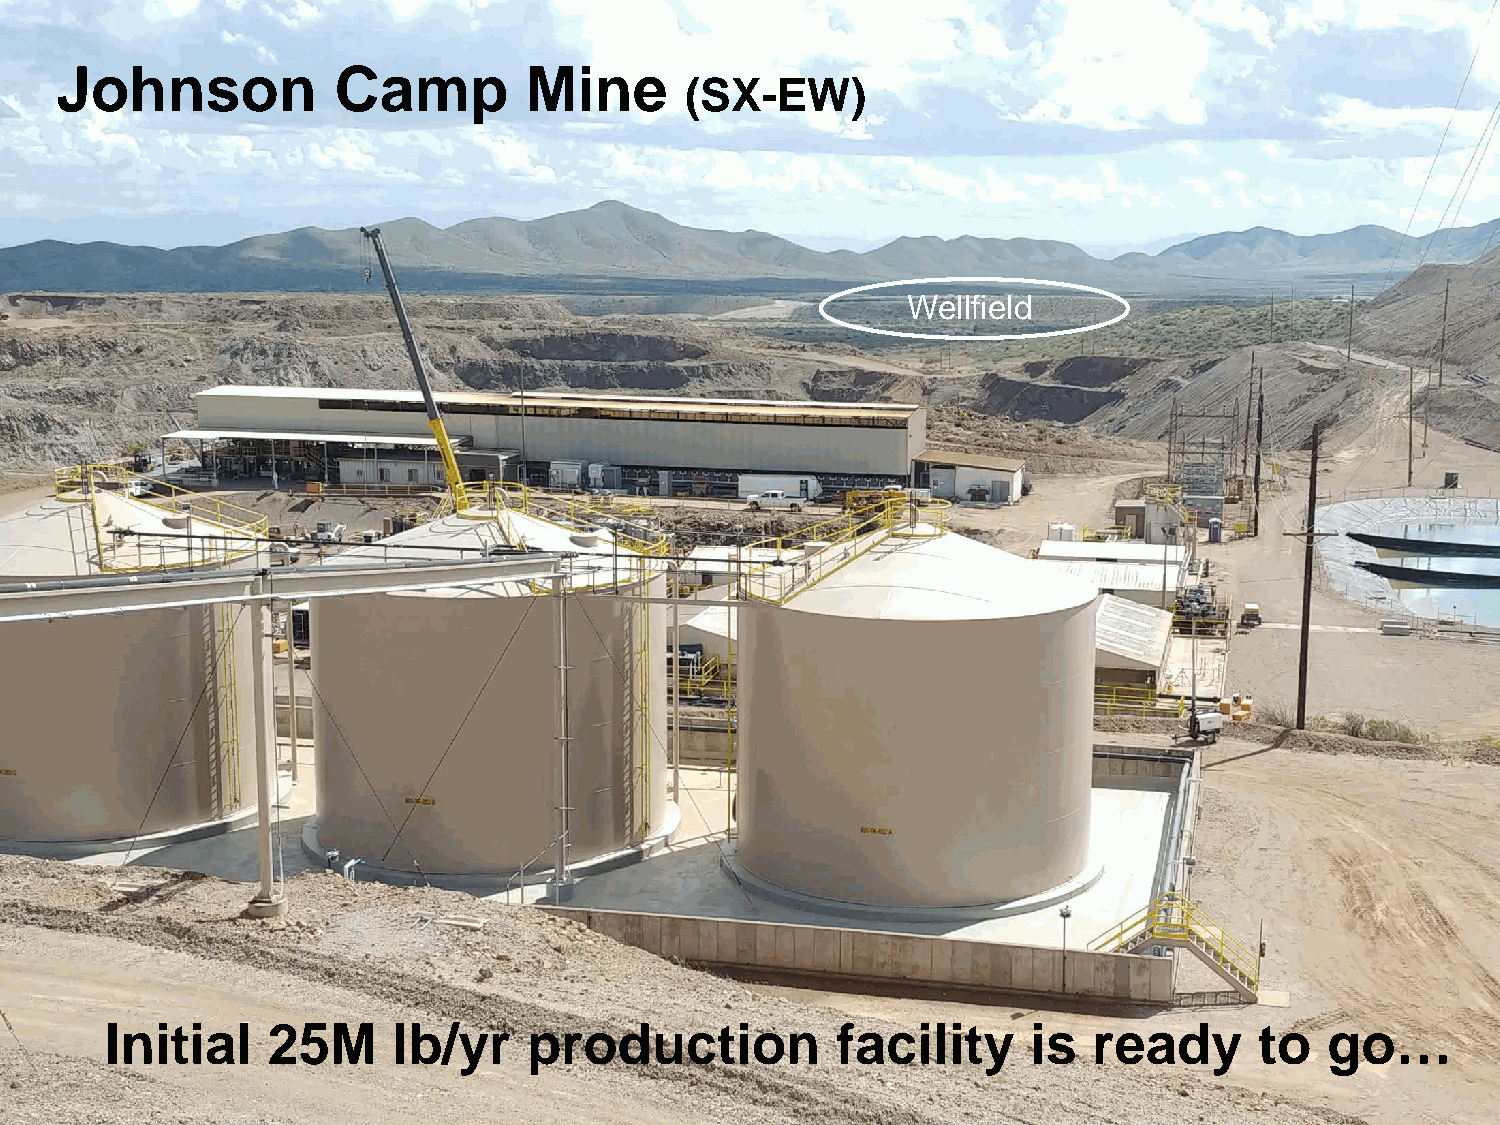
Johnson           Camp         Mine
 (SX-EW)
 Wellfield
 Initial    25M     lb/yr    production          facility     is  ready      to   go…
 14